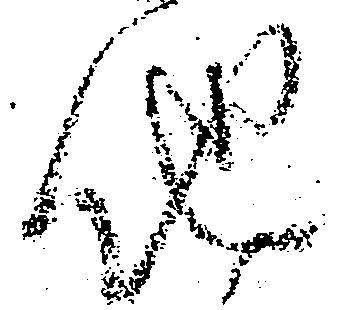
他